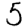
Digit: 5